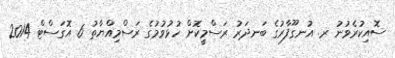
ސޮއިކުރެވުނު ރ. އުނގޫފާރުގެ ބަނދަރު ރަސްމީކޮށް ހުޅުވުމުގެ ރަސްމިއްޔާތު 6 އޮގަސްޓް 2014